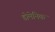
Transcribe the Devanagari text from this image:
डोमेनिक